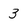
Character: 3